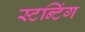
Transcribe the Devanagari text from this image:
स्टन्टिंग